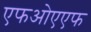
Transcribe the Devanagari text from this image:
एफओएएफ